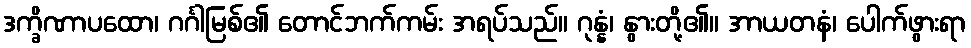
ဒက္ခိဏာပထော၊ ဂင်္ဂါမြစ်၏ တောင်ဘက်ကမ်း အရပ်သည်။ ဂုန္နံ၊ နွားတို့၏။ အာယတနံ၊ ပေါက်ဖွားရာ